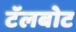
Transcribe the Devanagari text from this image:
टॅलबोट